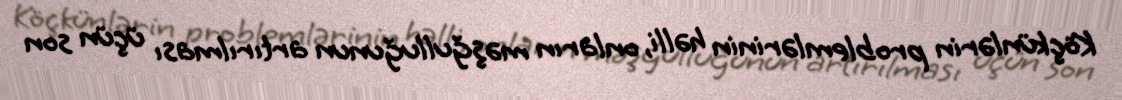
Köçkünlərin problemlərinin həlli, onların məşğulluğunun artırılması üçün son